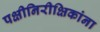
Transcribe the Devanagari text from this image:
पक्षीनिरीक्षिकांना